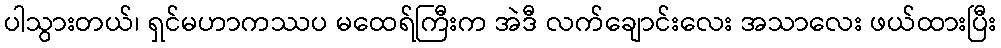
ပါသွားတယ်၊ ရှင်မဟာကဿပ မထေရ်ကြီးက အဲဒီ လက်ချောင်းလေး အသာလေး ဖယ်ထားပြီး